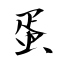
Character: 蛋